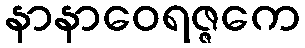
နာနာဝေရဇ္ဇကေ